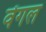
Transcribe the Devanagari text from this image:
वेंगल